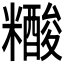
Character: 𰫔